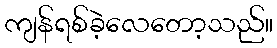
ကျန်ရစ်ခဲ့လေတော့သည်။